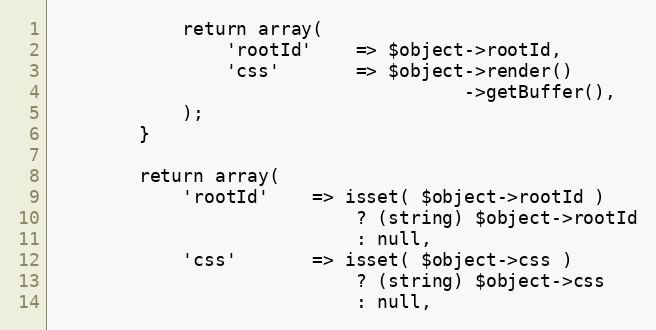
Language: PHP
            return array(
                'rootId'    => $object->rootId,
                'css'       => $object->render()
                                      ->getBuffer(),
            );
        }

        return array(
            'rootId'    => isset( $object->rootId )
                            ? (string) $object->rootId
                            : null,
            'css'       => isset( $object->css )
                            ? (string) $object->css
                            : null,